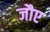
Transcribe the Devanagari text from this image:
जौए